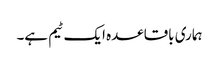
ہماری باقاعدہ ایک ٹیم ہے۔